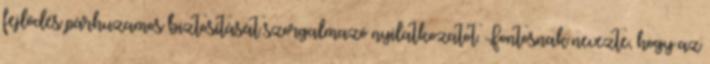
fejlődés párhuzamos biztosítását szorgalmazó nyilatkozatot. Fontosnak nevezte, hogy az